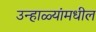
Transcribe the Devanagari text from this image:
उन्हाळ्यांमधील